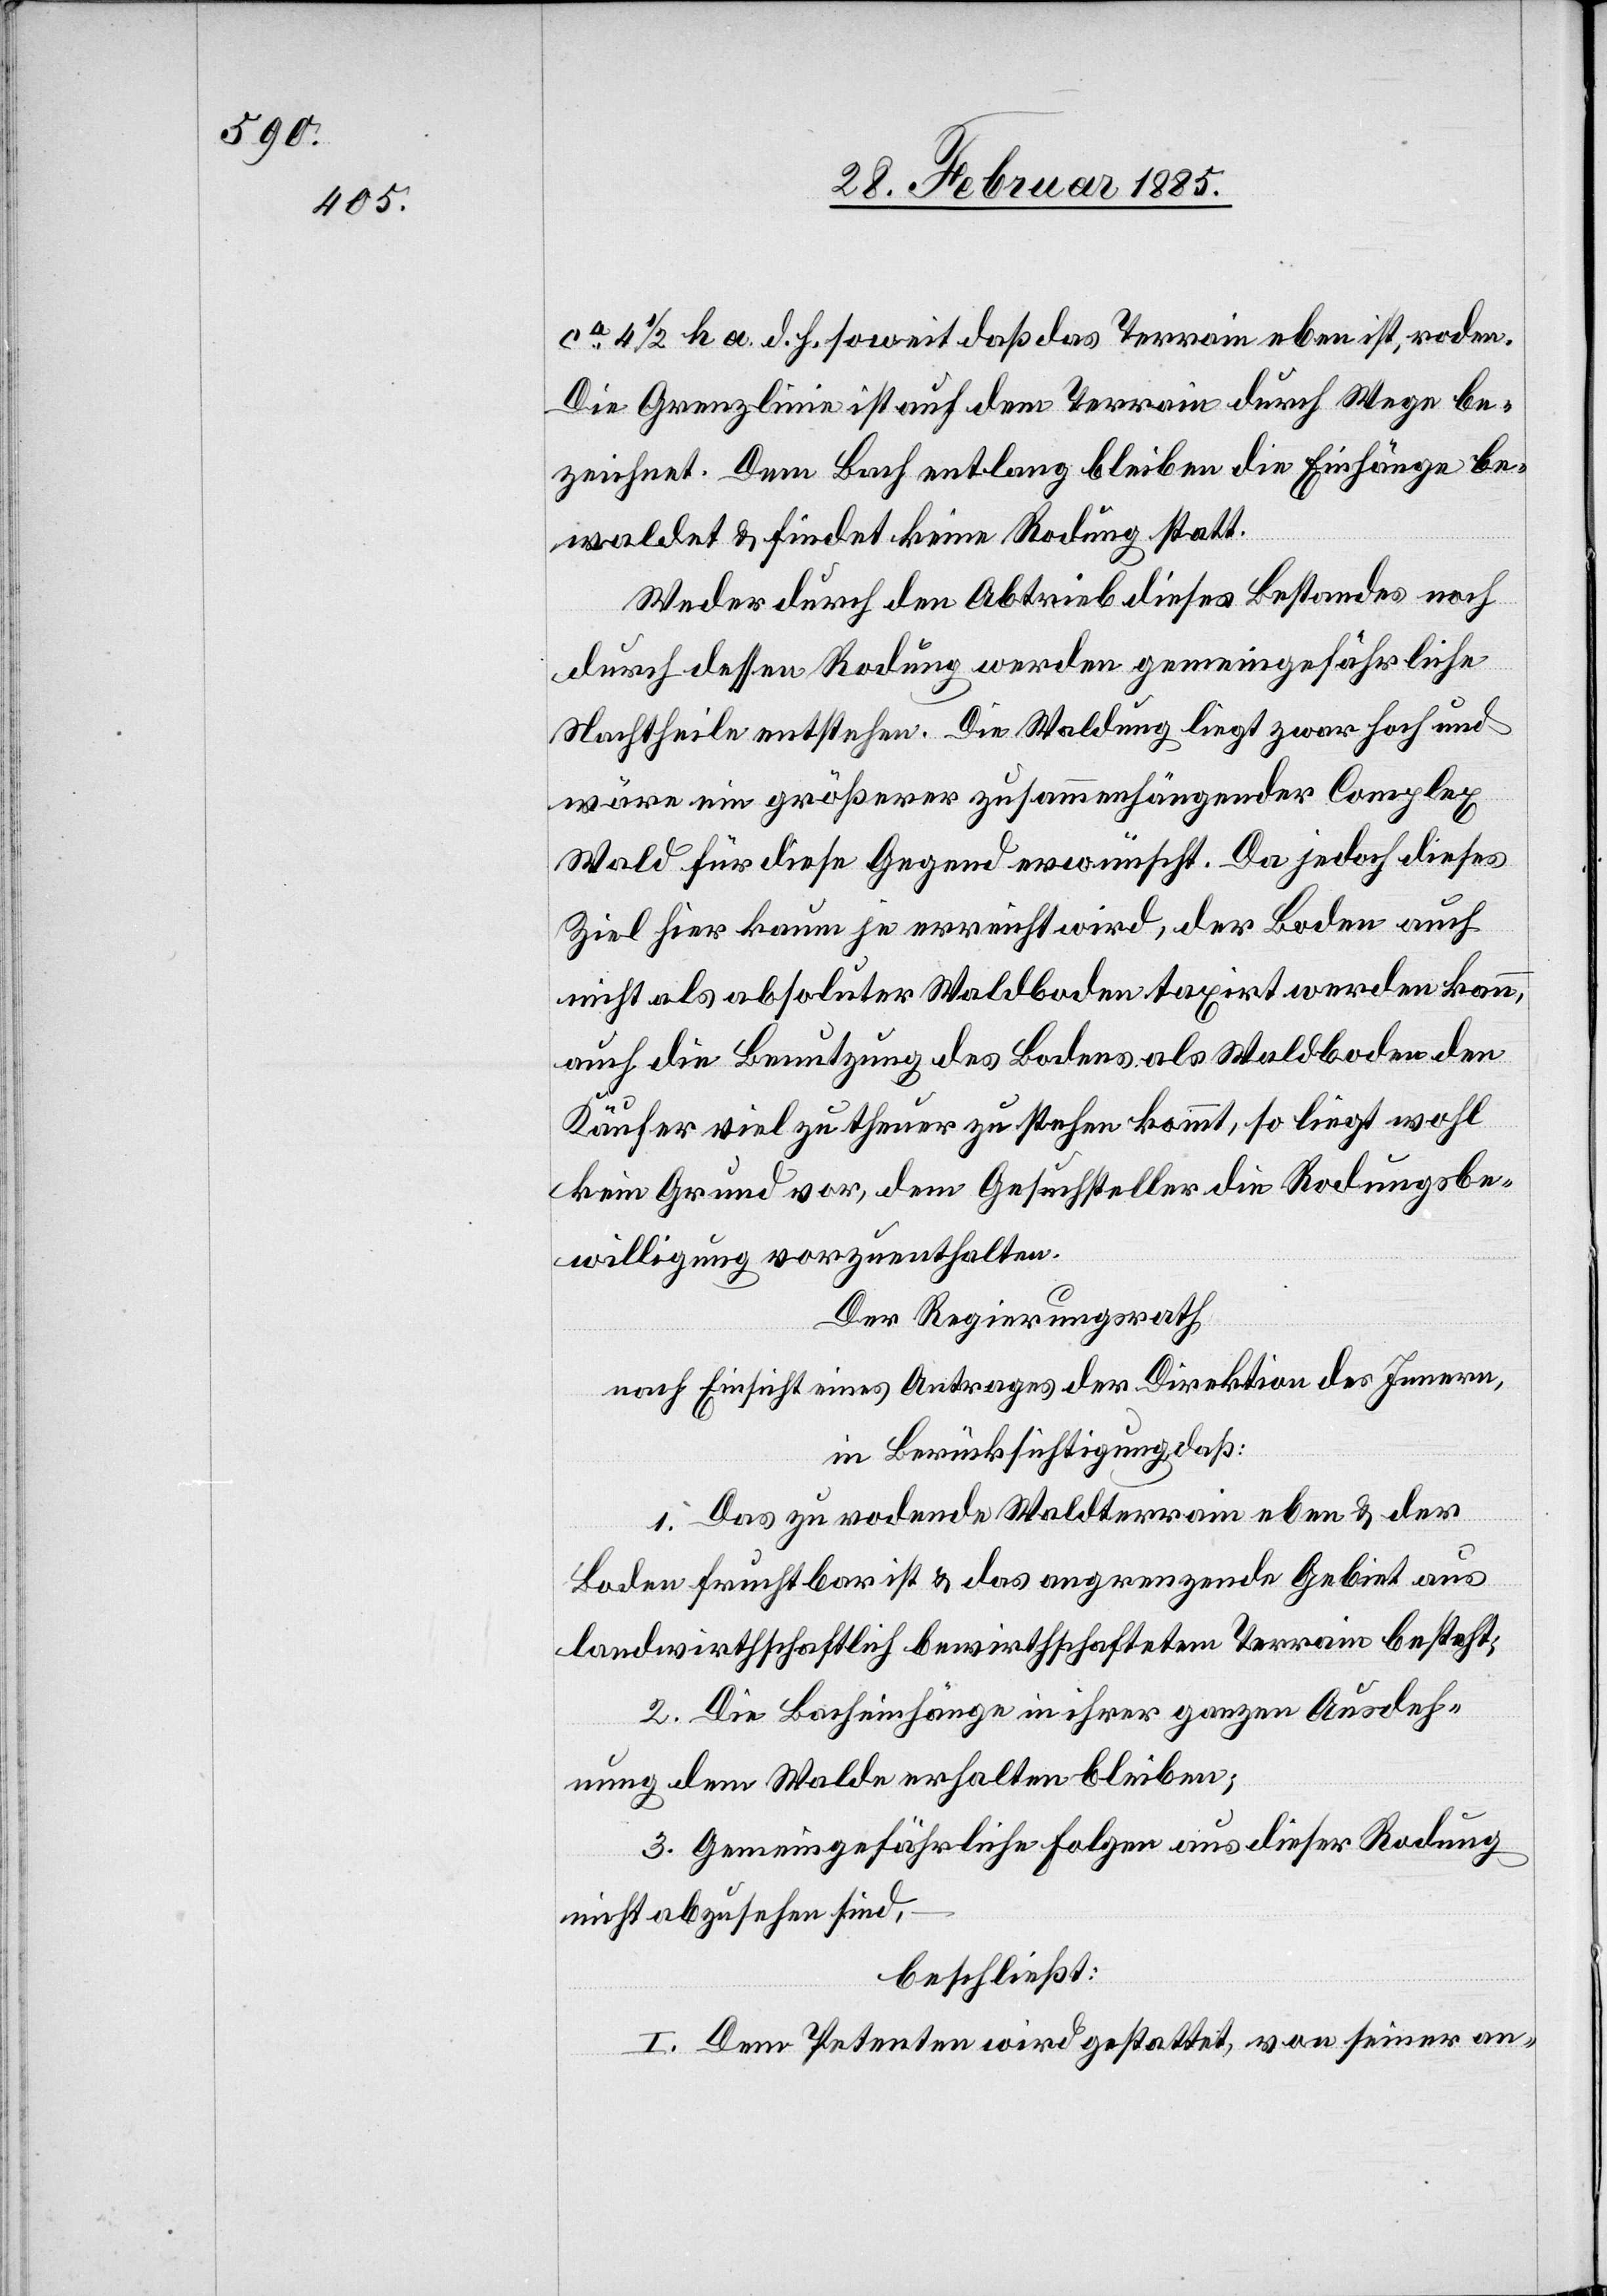
ca 4 1/2 ha d. h. soweit daß das Terrain eben ist, roden.
Die Grenzlinie ist auf dem Terrain durch Wege be¬
zeichnet. Dem Bach entlang bleiben die Einhänge be¬
waldet & findet keine Rodung statt.
Weder durch den Abtrieb dieses Bestandes noch
durch dessen Rodung werden gemeingefährliche
Nachtheile entstehen. Die Waldung liegt zwar hoch und
wäre ein größerer zusammenhängender Complex
Wald für diese Gegend erwünscht. Da jedoch dieses
Ziel hier kaum je erreicht wird, der Boden auch
nicht als absoluter Waldboden taxirt werden kann,
auch die Benutzung des Bodens als Waldboden den
Käufer viel zu theuer stehen kommt, so liegt wohl
kein Grund vor, dem Gesuchsteller die Rodungsbe¬
willigung vorzuenthalten.
Der Regierungsrath,
nach Einsicht eines Antrages der Direktion des Innern,
in Berücksichtigung, daß:
1. Das zu rodende Waldterrain eben & der
Boden fruchtbar ist & das angrenzende Gebiet aus
landwirthschaftlich bewirthschaftetem Terrain besteht;
2. Die Bacheinhänge in ihrer ganzen Ausdeh¬
nung dem Walde erhalten bleiben;
3. Gemeingefährliche Folgen aus dieser Rodung
nicht abzusehen sind,
beschließt:
I. Dem Petenten wird gestattet, von seiner an-